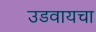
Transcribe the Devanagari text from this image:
उडवायचा